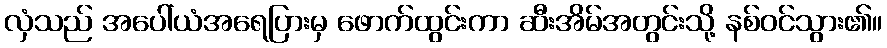
လှံသည် အပေါ်ယံအရေပြားမှ ဖောက်ထွင်းကာ ဆီးအိမ်အတွင်းသို့ နစ်ဝင်သွား၏။